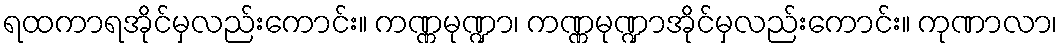
ရထကာရအိုင်မှလည်းကောင်း။ ကဏ္ဏမုဏ္ဍာ၊ ကဏ္ဏမုဏ္ဍာအိုင်မှလည်းကောင်း။ ကုဏာလာ၊